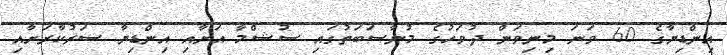
އިންޑިޔާގެ 60 ވަނަ މިނިވަން ދުވަހުގެ މުނާސަބަތުގައި ސުޝްމާ އަށާއި އިންޑިޔާ ސަރުކާރަށާއި